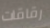
رقاقات